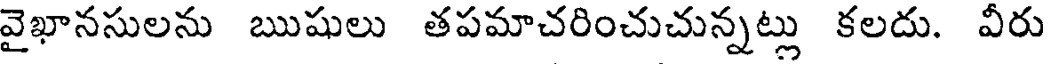
వైఖానసులను ఋషులు తపమాచరించుచున్నట్లు కలదు. వీరు